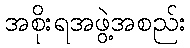
အစိုးရအဖွဲ့အစည်း